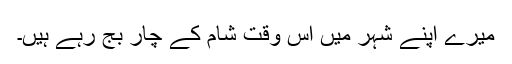
میرے اپنے شہر میں اس وقت شام کے چار بج رہے ہیں۔